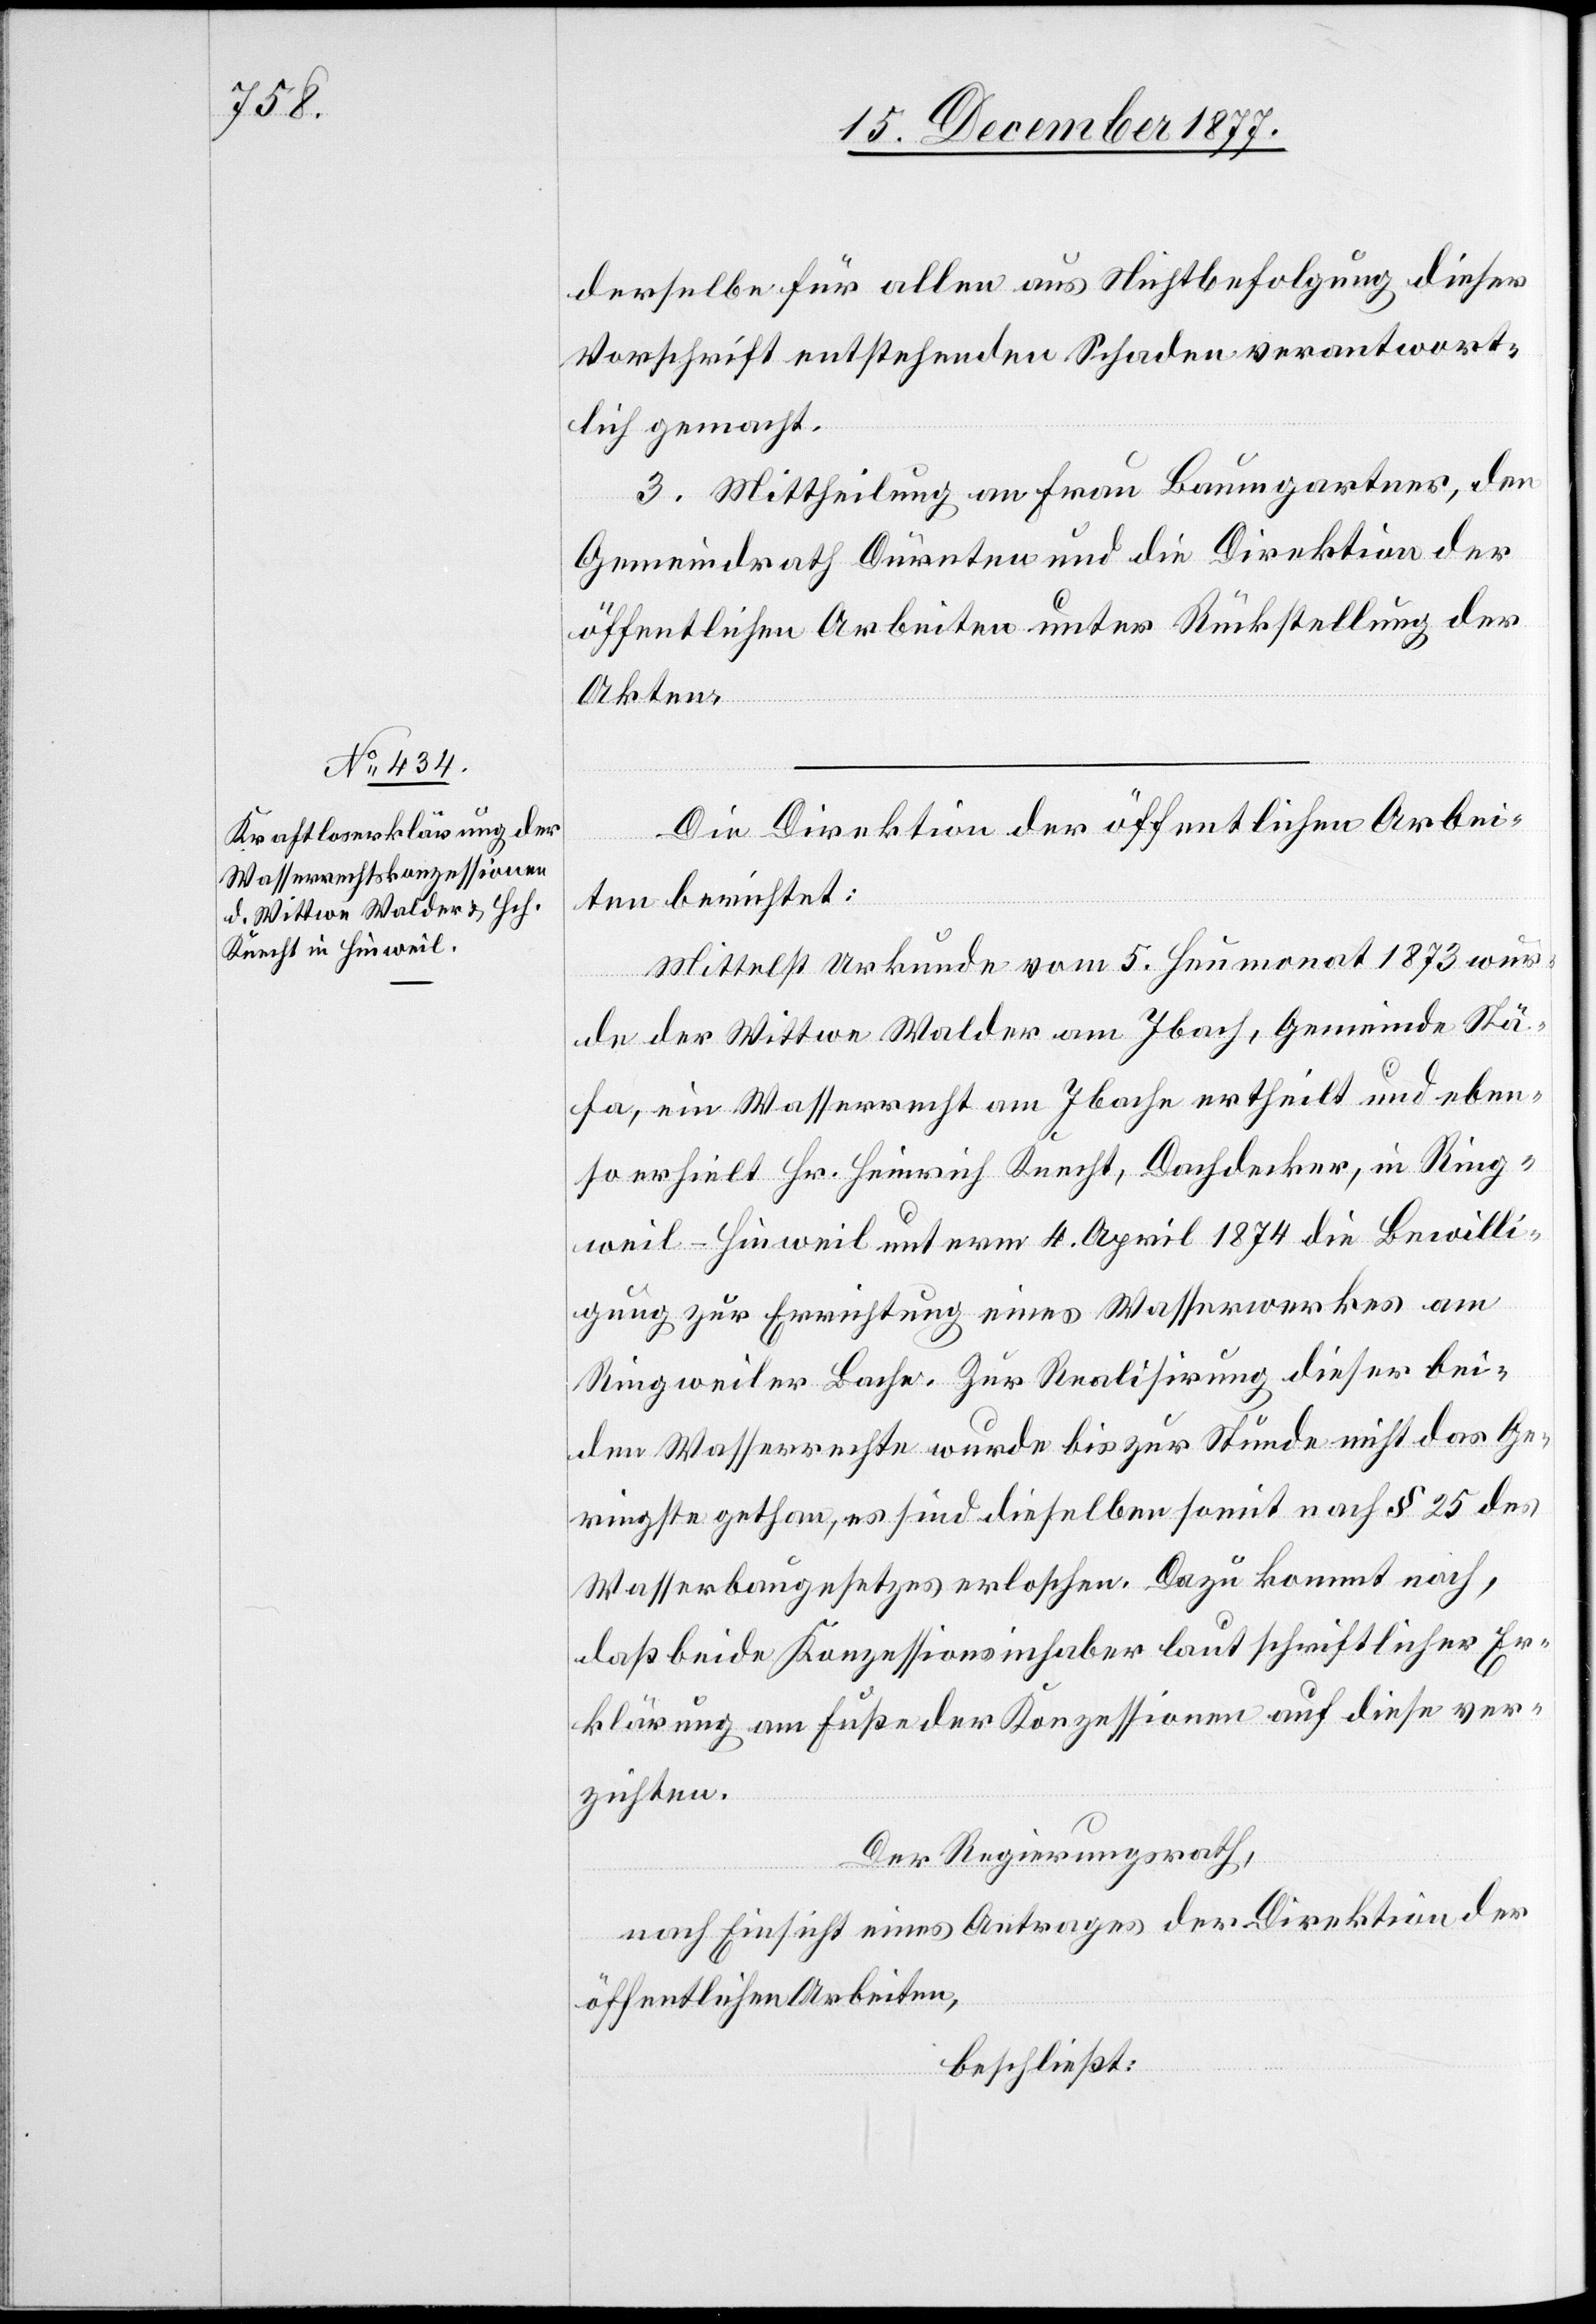
derselbe für allen aus Nichtbefolgung dieser
Vorschrift entstehenden Schaden verantwort¬
lich gemacht.
3. Mittheilung an Frau Baumgartner, den
Gemeindrath Dürnten und die Direktion der
öffentlichen Arbeiten unter Rückstellung der
Akten.
Die Direktion der öffentlichen Arbei¬
ten berichtet:
Mittelst Urkunde vom 5. Heumonat 1873 wur¬
de der Wittwe Walder am Ibach, Gemeinde Stä¬
fa, ein Wasserrecht am Ibache ertheilt und eben¬
so erhielt Hr. Heinrich Knecht, Dachdecker, in Ring¬
weil - Hinweil unterm 4. April 1874 die Bewilli¬
gung zur Errichtung eines Wasserwerkes am
Ringweiler Bache. Zur Realisirung dieser bei¬
den Wasserrechte wurde bis zur Stunde nicht das Ge¬
ringste gethan, es sind dieselben somit nach § 25 des
Wasserbaugesetzes erloschen. Dazu kommt noch,
daß beide Konzessionsinhaber laut schriftlicher Er¬
klärung am Fuße der Konzessionen auf diese ver¬
zichten.
Der Regierungsrath,
nach Einsicht eines Antrages der Direktion der
öffentlichen Arbeiten,
beschließt: